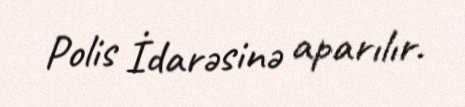
Polis İdarəsinə aparılır.